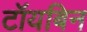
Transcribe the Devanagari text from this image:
टॉयबिन